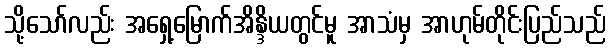
သို့သော်လည်း အရှေ့မြောက်အိန္ဒိယတွင်မူ အာသံမှ အာဟုမ်တိုင်းပြည်သည်